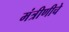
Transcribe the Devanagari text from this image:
मंत्रीणीचे